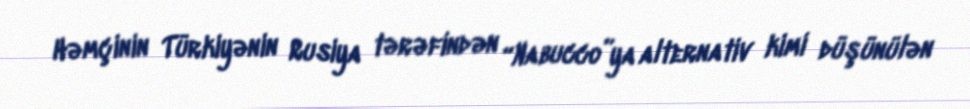
Həmçinin Türkiyənin Rusiya tərəfindən “Nabucco”ya alternativ kimi düşünülən